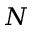
N